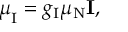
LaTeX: { \boldsymbol { \mu } } _ { \mathrm { I } } = g _ { \mathrm { I } } \mu _ { \mathrm { N } } \mathbf { I } ,